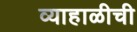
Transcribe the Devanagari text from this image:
व्याहाळीची